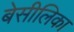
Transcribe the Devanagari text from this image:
बेसीलिका